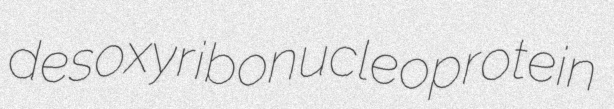
desoxyribonucleoprotein